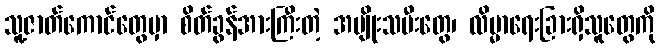
သူ့ဇာတ်ကောင်တွေမှာ စိတ်ခွန်အားကြီးတဲ့ အမျိုးသမီးတွေ၊ လိမ္မာရေးခြားရှိသူတွေကို